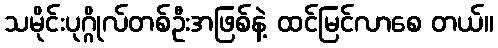
သမိုင်းပုဂ္ဂိုလ်တစ်ဦးအဖြစ်နဲ့ ထင်မြင်လာစေ တယ်။